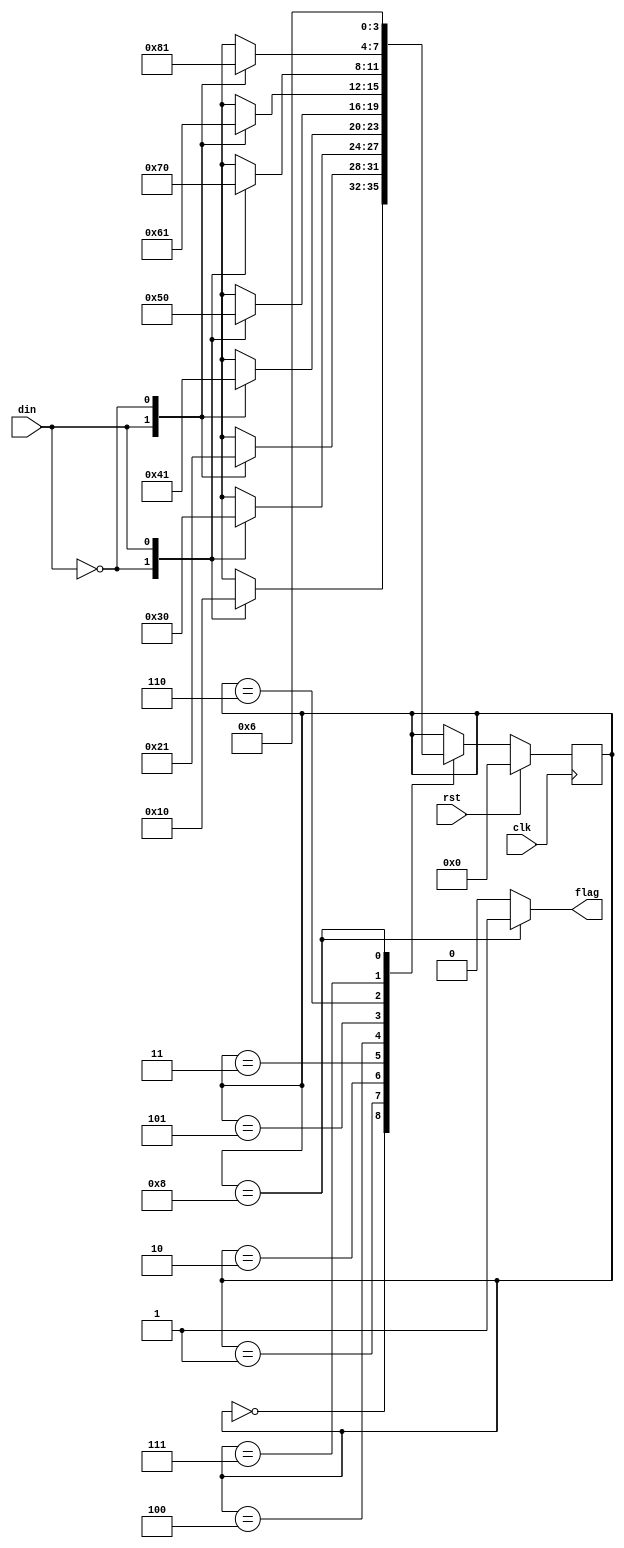
/*
  state0: xxxxxxxx
  state1: xxxxxxx0
  state2: xxxxxx10
  state3: xxxxx010
  state4: xxxx1010
  state5: xxx01010
  state6: xx101010
  state7: x0101010
  state8: 10101010
*/

module moore(output reg flag, input din, clk, rst)
;
  
  reg[3:0] state;
  
  always @(state)
  begin
    if (state == 4'b1000)
      flag = 1;
    else
      flag = 0;
    end
  
  always @(posedge clk)
  begin
    $display("state: \{%x, %x, %x, %x\}", state[3], state[2], state[1], state[0]);
    if (rst == 1)
      begin
        state = 4'b0000;
      end
    else
      begin
        case (state)
          4'b0000:
          begin
            case (din)
              0: state = 4'b0001;
              1: state = 4'b0000;
            endcase
          end
          4'b0001:
          begin
            case (din)
              1: state = 4'b0010;
              0: state = 4'b0001;
            endcase
          end
          4'b0010:
          begin
            case (din)
              0: state = 4'b0011;
              1: state = 4'b0000;
            endcase
          end
          4'b0011:
          begin
            case (din)
              1: state = 4'b0100;
              0: state = 4'b0001;
            endcase
          end
          4'b0100:
          begin
          case (din)
              0: state = 4'b0101;
              1: state = 4'b0000;
            endcase
          end
          4'b0101:
          begin
            case (din)
              1: state = 4'b0110;
              0: state = 4'b0001;
            endcase
          end
          4'b0110:
          begin
            case (din)
              0: state = 4'b0111;
              1: state = 4'b0000;
            endcase
          end
          4'b0111:
          begin
            case (din)
              1: state = 4'b1000;
              0: state = 4'b0001;
            endcase
          end
          4'b1000:
          state = 4'b0110;
        endcase
      end
    end  
endmodule